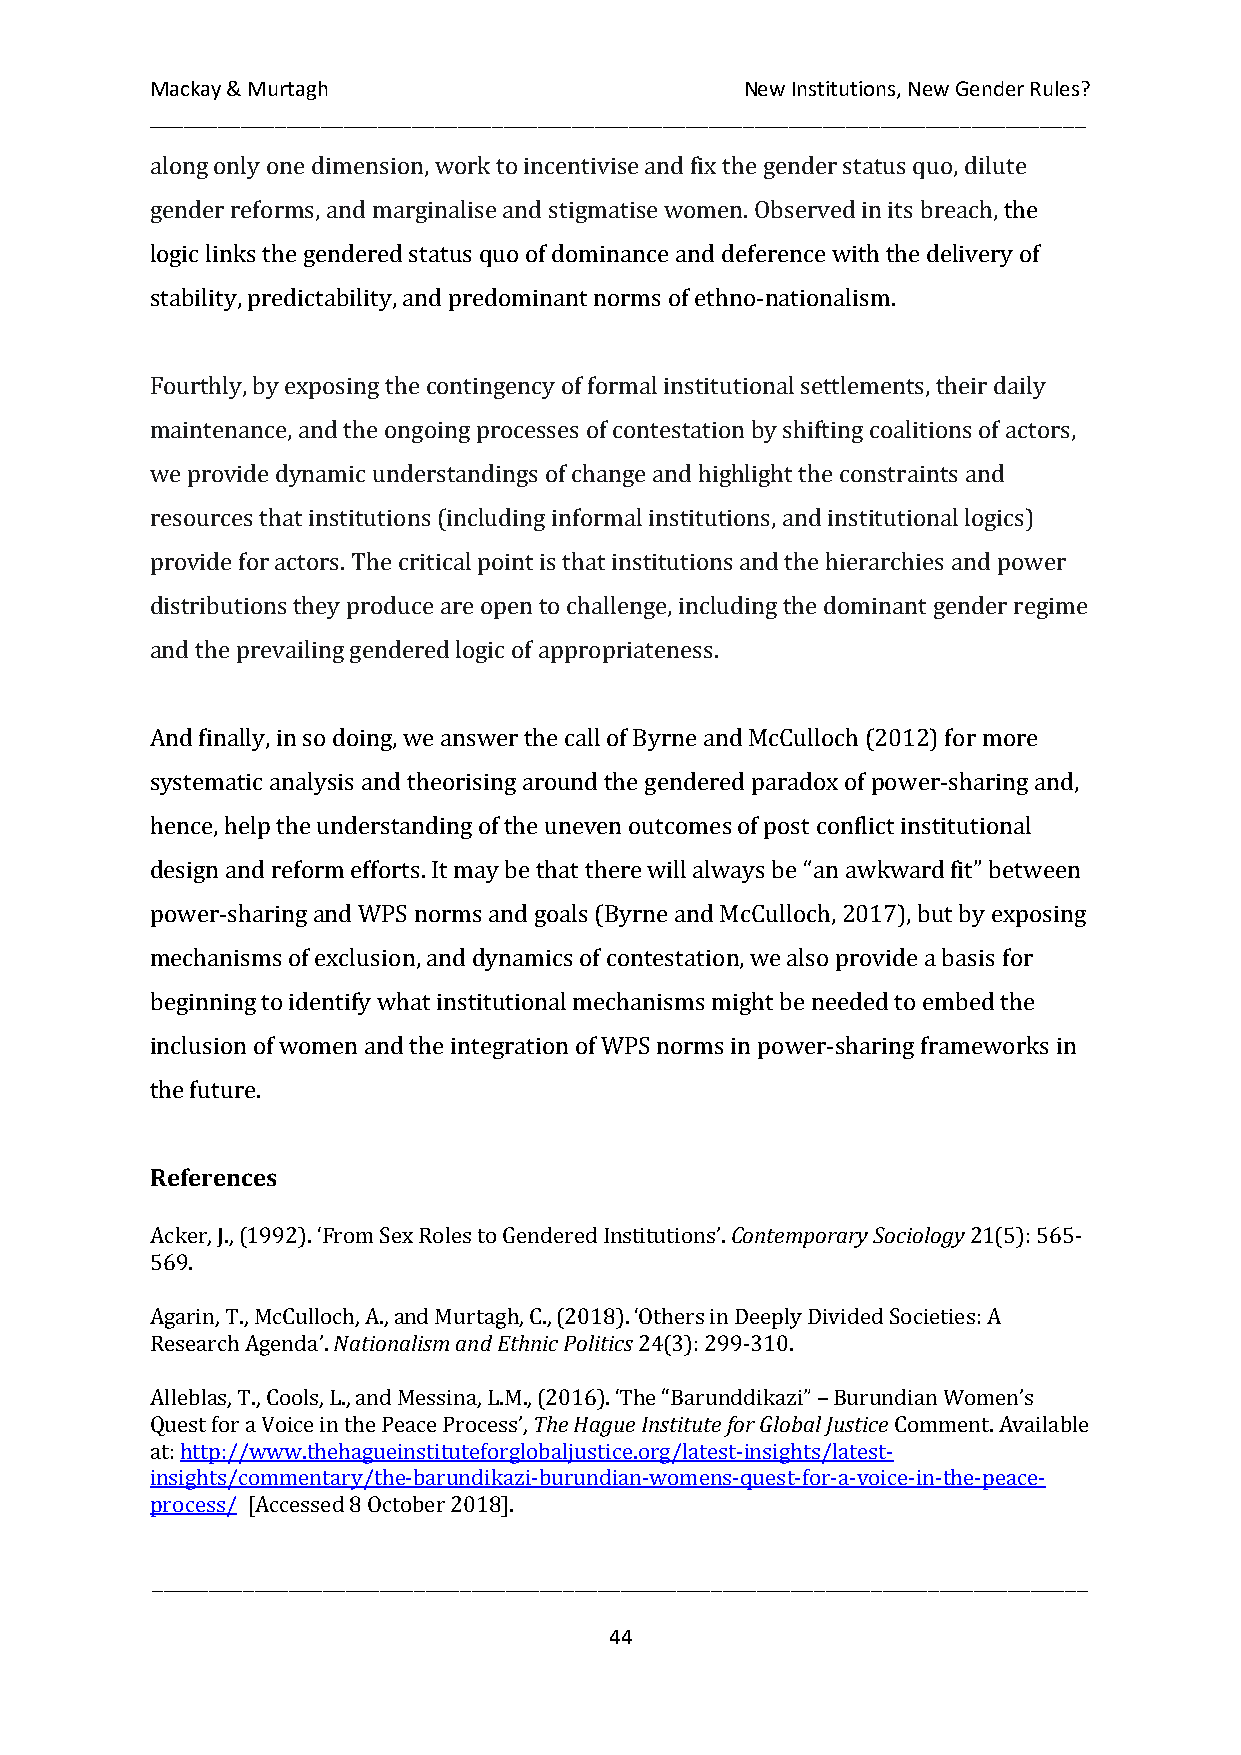
Mackay & Murtagh                       New Institutions, New Gender Rules?
 __________________________________________________________________________________
 along only one dimension, work to incentivise and fix the gender status quo, dilute
 gender reforms, and marginalise and stigmatise women. Observed in its breach, the
 logic links the gendered status quo of dominance and deference with the delivery of
 stability, predictability, and predominant norms of ethno-nationalism.
 Fourthly, by exposing the contingency of formal institutional settlements, their daily
 maintenance, and the ongoing processes of contestation by shifting coalitions of actors,
 we provide dynamic understandings of change and highlight the constraints and
 resources that institutions (including informal institutions, and institutional logics)
 provide for actors. The critical point is that institutions and the hierarchies and power
 distributions they produce are open to challenge, including the dominant gender regime
 and the prevailing gendered logic of appropriateness.
 And finally, in so doing, we answer the call of Byrne and McCulloch (2012) for more
 systematic analysis and theorising around the gendered paradox of power-sharing and,
 hence, help the understanding of the uneven outcomes of post conflict institutional
 design and reform efforts. It may be that there will always be “an awkward fit” between
 power-sharing and WPS norms and goals (Byrne and McCulloch, 2017), but by exposing
 mechanisms of exclusion, and dynamics of contestation, we also provide a basis for
 beginning to identify what institutional mechanisms might be needed to embed the
 inclusion of women and the integration of WPS norms in power-sharing frameworks in
 the future.
 References
 Contemporary Sociology
 Acker, J., (1992). ‘From Sex Roles to Gendered Institutions’. 21(5): 565-
 569.
 Nationalism and Ethnic Politics
 Agarin, T., McCulloch, A., and Murtagh, C., (2018). ‘Others in Deeply Divided Societies: A
 Research Agenda’.               24(3): 299-310.
 The Hague Institute for Global Justice
 Alleblas, T., Cools, L.,and Messina, L.M., (2016). ‘The “Barunddikazi” – Burundian Women’s
 Quest for a Voice in the Peace Process’,         Comment. Available
 at: http://www.thehagueinstituteforglobaljustice.org/latest-insights/latest-
 insights/commentary/the-barundikazi-burundian-womens-quest-for-a-voice-in-the-peace-
 process/ [Accessed 8 October 2018].
 __________________________________________________________________________________
 44